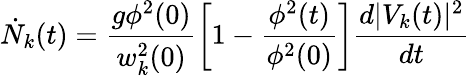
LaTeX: \dot{N}_{k}(t)=\frac{g\phi^{2}(0)}{w_{k}^{2}(0)}\left[1-\frac{\phi^{2}(t)}{\phi^{2}(0)}\right]\frac{d|V_{k}(t)|^{2}}{dt}